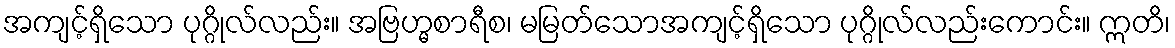
အကျင့်ရှိသော ပုဂ္ဂိုလ်လည်း။ အဗြဟ္မစာရီစ၊ မမြတ်သောအကျင့်ရှိသော ပုဂ္ဂိုလ်လည်းကောင်း။ ဣတိ၊